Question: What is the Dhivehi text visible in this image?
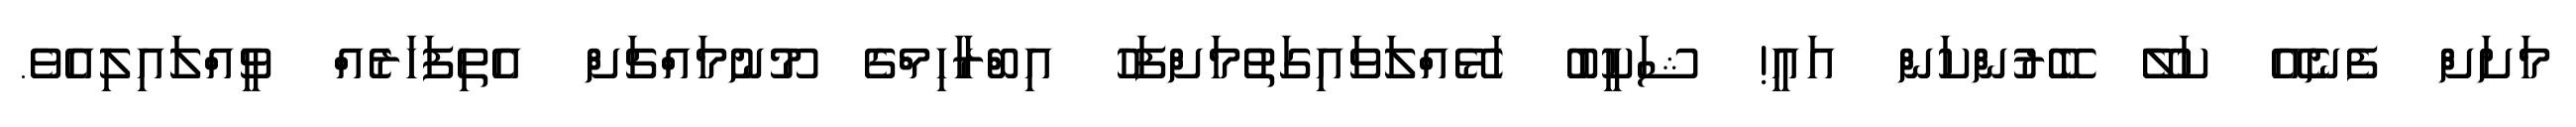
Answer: މަށަށް ފެނެއޭ ކަލޭ ބޭރުންކަން އައީ! ޝަކީބު ހަޅޭއްލަވައިގަތުމަށްފަހު އިބްރާހިމްގެ މޫނުމައްޗަށް އެތިފަހަރެއް ވީއްލައިލިއެވެ.